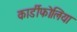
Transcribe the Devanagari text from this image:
कार्डीफोलिया